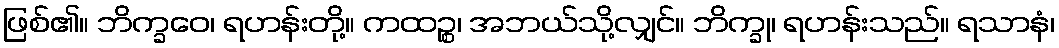
ဖြစ်၏။ ဘိက္ခဝေ၊ ရဟန်းတို့။ ကထဉ္စ၊ အဘယ်သို့လျှင်။ ဘိက္ခု၊ ရဟန်းသည်။ ရသာနံ၊